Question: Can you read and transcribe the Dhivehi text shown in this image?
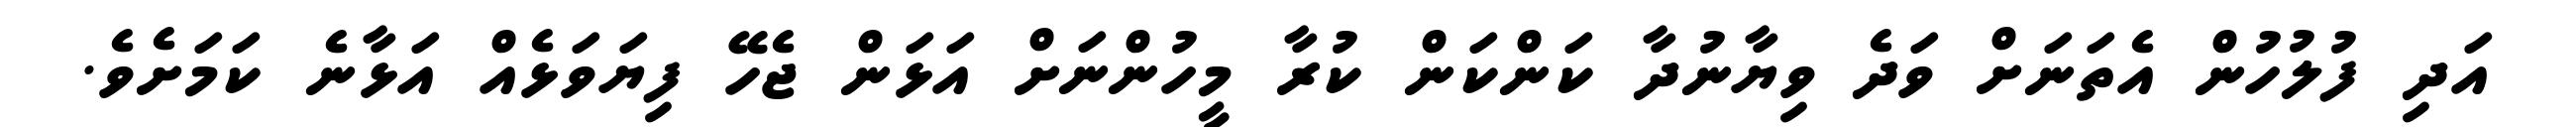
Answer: އަދި ފުލުހުން އެތަނަށް ވަދެ ވިޔާނުދާ ކަންކަން ކުރާ މީހުންނަށް އަޅަން ޖެހޭ ފިޔަވަޅެއް އަޅާނެ ކަމަށެވެ.